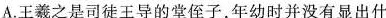
A.王羲之是司徒王导的堂侄子,年幼时并没有显出什